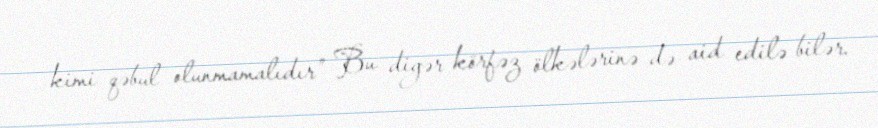
kimi qəbul olunmamalıdır” Bu digər körfəz ölkələrinə də aid edilə bilər.